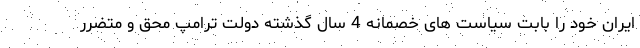
ایران خود را بابت سیاست های خصمانه 4 سال گذشته دولت ترامپ محق و متضرر